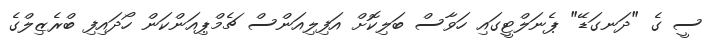
ސީ ގެ "ދަނގަޑޭ" ޕެނަލްޓީގައި ހަވާސް ބަލިކޮށް އަފިލިއަންސް ޗެމްޕިއަންކަން ހޯދައިފި ބްރެޒިލްގެ